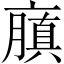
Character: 𠆍